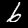
Digit: 6